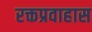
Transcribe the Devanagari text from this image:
रक्तप्रवाहास